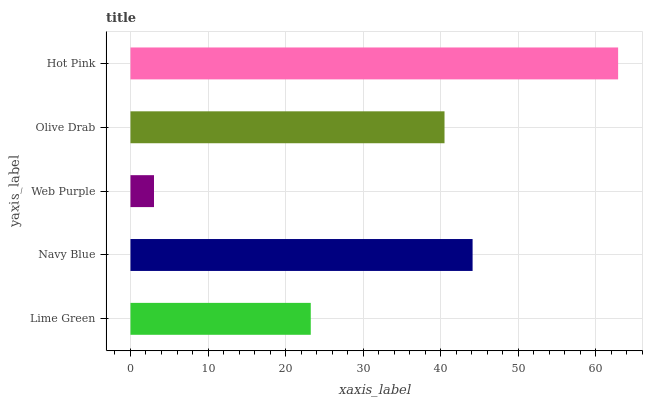
| yaxis_label | bars |
 | --- | --- |
 | Lime Green | 23.3 |
 | Navy Blue | 44.1 |
 | Web Purple | 3.03 |
 | Olive Drab | 40.5 |
 | Hot Pink | 62.9 |